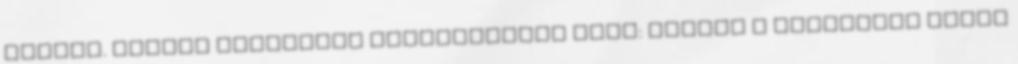
egyház. Joseph Ratzinger megbocsátóan írja: „Ebben a mondásban lehet